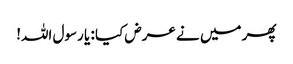
پھر میں نے عرض کیا : یا رسول اللہ!